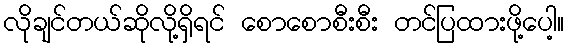
လိုချင်တယ်ဆိုလို့ရှိရင် စောစောစီးစီး တင်ပြထားဖို့ပေါ့။